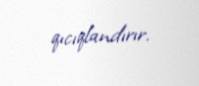
qıcıqlandırır.